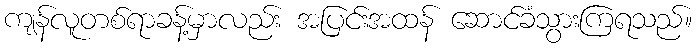
ကျန်လူတစ်ရာခန့်မှာလည်း အပြင်းအထန် ဆောင်ခံသွားကြရသည်။